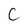
Character: C